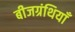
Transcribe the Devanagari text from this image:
बीजग्रंथियाँ